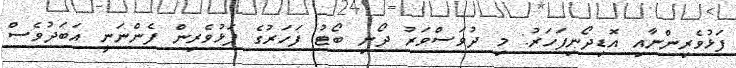
ފަޅުވެރިންނާއި އޮޑިދޯނިފަހަރު: މި ދުވަސްވަރު ދޯނި ބޯޓު ފަހަރުގެ ފަޅުވެރިން ފެންނަނީ އަބަދުވެސް